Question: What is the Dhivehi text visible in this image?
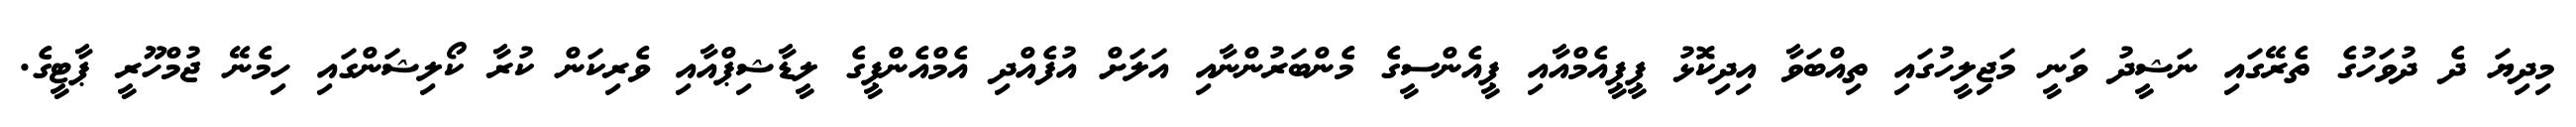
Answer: މިދިޔަ ދެ ދުވަހުގެ ތެރޭގައި ނަޝީދު ވަނީ މަޖިލީހުގައި ތިއްބަވާ އިދިކޮޅު ޕީޕީއެމްއާއި ޕީއެންސީގެ މެންބަރުންނާއި އަލަށް އުފެއްދި އެމްއެންޕީގެ ލީޑާޝިޕްއާއި ވެރިކަން ކުރާ ކޯލިޝަންގައި ހިމެނޭ ޖުމްހޫރީ ޕާޓީގެ.